Punjab Mental Hospital Lahore 1922-31 - 1922-1931
Year: 1922
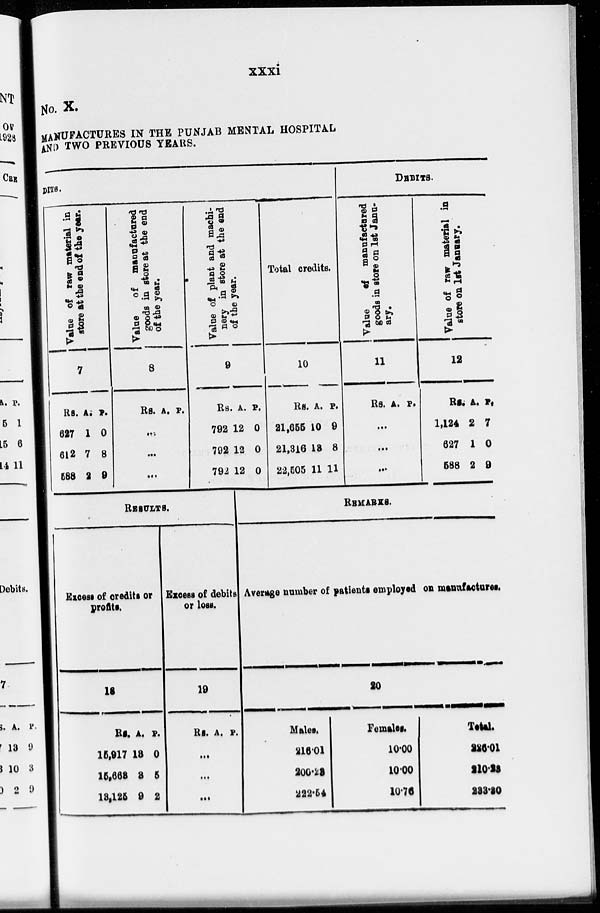
xxxi
No. X.
MANUFACTURES IN THE PUNJAB MENTAL HOSPITAL
AND TWO PREVIOUS YEARS.
DITS.
Value of raw material in
store at the end of the year.
7
Rs.
627
612
588
A.
1
7
2
P.
0
8
9
Value
of manufactured
goods in store at the end
of the year.
8
Rs. A. P.
...
...
...
Value of plant and machi-
nery in store at the end
of the year.
9
Rs.
792
792
792
RESULTS.
Excess of credits or
profits.
18
Rs.
15,917
15,663
13,125
A.
13
3
9
P.
0
5
2
Excess of debits
or loss.
19
Rs. A. P.
...
...
...
A.
12
12
12
P.
0
0
0
Total credits.
10
Rs.
21,655
21,316
22,505
A.
10
13
11
P.
9
8
11
DEBITS.
Value
of
manufactured
goods in store on 1st Janu-
ary.
11
Rs. A. P.
...
...
...
Value of raw material in
store on 1st January.
12
Rs.
1,124
627
588
A.
2
1
2
P.
7
0
9
REMARKS.
Average number of patients employed on manufactures.
20
Males.
216.01
200.23
222.54
Females.
10.00
10.00
10.76
Total.
226.01
210.23
223.20